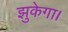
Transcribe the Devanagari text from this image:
झुकेगा।